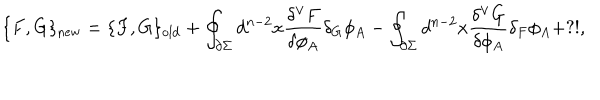
LaTeX: \{ F , G \} _ { \mathrm { n e w } } = \{ F , G \} _ { \mathrm { o l d } } + \oint _ { \partial \Sigma } d ^ { n - 2 } x \frac { \delta ^ { \vee } F } { \delta \phi _ { A } } \delta _ { G } \phi _ { A } - \oint _ { \partial \Sigma } d ^ { n - 2 } x \frac { \delta ^ { \vee } G } { \delta \phi _ { A } } \delta _ { F } \phi _ { A } + ? ! ,